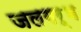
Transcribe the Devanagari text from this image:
जलगर्भ